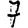
Digit: 7